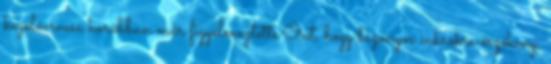
kezelőorvosa korábban már figyelmeztette Önt, hogy bizonyos cukrokra érzékeny,